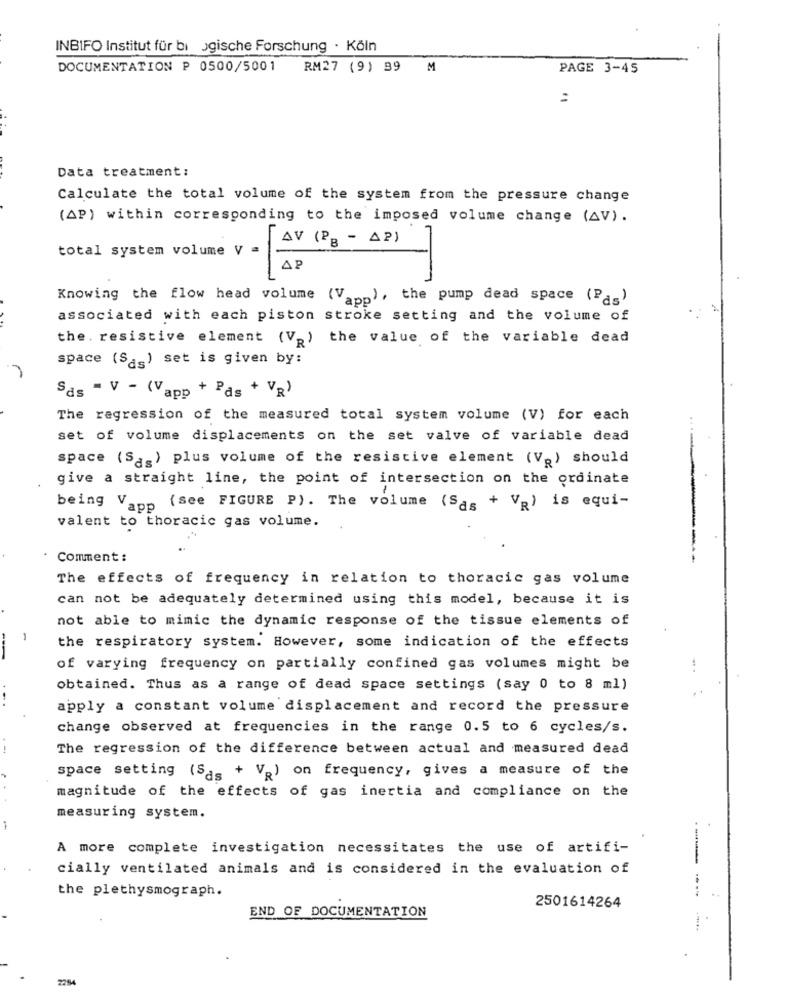
INBIFO Institut für bi ogische Forschung · Köln
DOCUMENTATION P 0500/5001
RM27 (9) 39 M
PAGE 3-45
=
Data treatment:
Calculate the total volume of the system from the pressure change
(AP) within corresponding to the imposed volume change (AV).
AV (PB - AP)
total system volume V =
AP
Knowing the flow head volume (Va), the pump dead space (Pas)
associated with each piston stroke setting and the volume of
the . resistive element (V.) the value of the variable dead
space (Sas) set is given by:
Sds - V - (Vapp + Pas + VR)
The regression of the measured total system volume (V) for each
set of volume displacements on the set valve of variable dead
space (Sas) plus volume of the resistive element (V.) should
give a straight line, the point of intersection on the ordinate
1
being Vapp (see FIGURE P). The volume (Sas + VR) is equi-
valent to thoracic gas volume.
Comment :
The effects of frequency in relation to thoracic gas volume
can not be adequately determined using this model, because it is
not able to mimic the dynamic response of the tissue elements of
-
the respiratory system. However, some indication of the effects
of varying frequency on partially confined gas volumes might be
obtained. Thus as a range of dead space settings (say 0 to 8 ml)
apply a constant volume displacement and record the pressure
change observed at frequencies in the range 0.5 to 6 cycles/s.
--
The regression of the difference between actual and measured dead
space setting (Sas + V ) on frequency, gives a measure of the
magnitude of the effects of gas inertia and compliance on the
measuring system.
A more complete investigation necessitates the use of artifi-
---
cially ventilated animals and is considered in the evaluation of
the plethysmograph.
END OF DOCUMENTATION
2501614264
2284